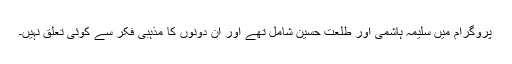
پروگرام میں سلیمہ ہاشمی اور طلعت حسین شامل تھے اور ان دونوں کا مذہبی فکر سے کوئی تعلق نہیں۔